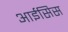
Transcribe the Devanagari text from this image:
आईसिस